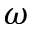
\omega